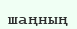
шаңның